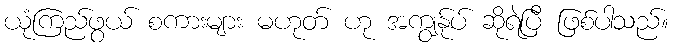
ယုံကြည်ဖွယ် စကားများ မဟုတ် ဟု အကျွန်ုပ် ဆိုရဲပြီ ဖြစ်ပါသည်။